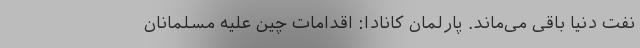
نفت دنیا باقی می‌ماند. پارلمان کانادا: اقدامات چین علیه مسلمانان